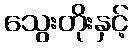
သွေးတိုးနှင့်